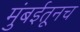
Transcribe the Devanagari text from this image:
मुंबईतूनच